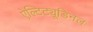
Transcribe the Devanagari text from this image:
ऐल्टिट्यूडिनल